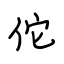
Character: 佗